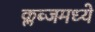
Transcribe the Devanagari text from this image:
क्लब्जमध्ये